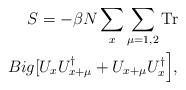
LaTeX: \begin{align*}S=-\beta N\sum_{x}\sum_{\mu=1,2}\mathrm{Tr} \\Big[U_xU^\dag_{x+\mu}+U_{x+\mu}U^\dag_x\Big],\end{align*}